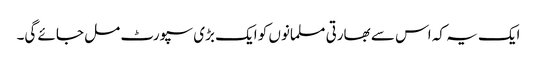
ایک یہ کہ اس سے بھارتی مسلمانوں کو ایک بڑی سپورٹ مل جائے گی۔